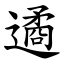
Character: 遹